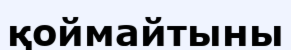
қоймайтыны